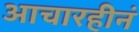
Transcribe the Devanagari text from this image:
आचारहीनं